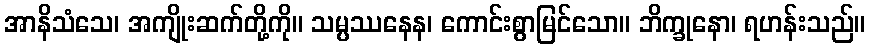
အာနိသံသေ၊ အကျိုးဆက်တို့ကို။ သမ္ပဿနေန၊ ကောင်းစွာမြင်သော။ ဘိက္ခုနော၊ ရဟန်းသည်။